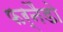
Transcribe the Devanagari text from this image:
फर्नैंडो